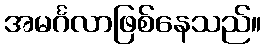
အမင်္ဂလာဖြစ်နေသည်။